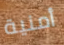
أمنية